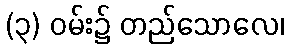
(၃) ဝမ်း၌ တည်သောလေ၊